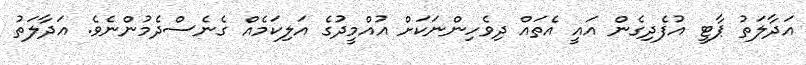
އަދާލަތު ޕާޓީ އުފެދިގެން އައީ އެތައް ދިވެހިންނަކަށް އުއްމީދުގެ އަލިކަމެއް ގެނެސްދެމުންނެވެ. އަދާލަތު